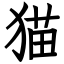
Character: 猫